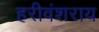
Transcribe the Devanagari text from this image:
हरीवंशराय